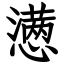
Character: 懑